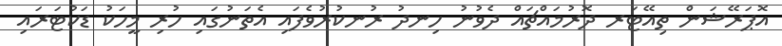
އޮޕަރޭޝަން ތިއޭޓަރ ދޮރުމައްޗައް ދެވުނު ހިނދު ރުނކުރުވެފައި އެތަނުގައި ހުރި މީހަކު ޑަކުޓަރައި